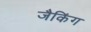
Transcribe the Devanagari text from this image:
जैकिंग